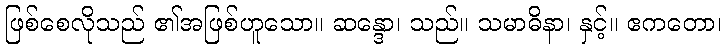
ဖြစ်စေလိုသည် ၏အဖြစ်ဟူသော။ ဆန္ဒော၊ သည်။ သမာဓိနာ၊ နှင့်။ ဧကတော၊